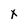
Character: x